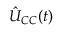
\hat { U } _ { C C } ( \boldsymbol { t } )